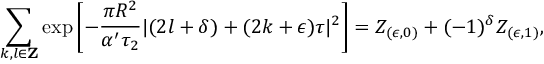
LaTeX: \sum _ { k , l \in { \bf Z } } \exp \left[ - \frac { \pi R ^ { 2 } } { \alpha ^ { \prime } \tau _ { 2 } } | ( 2 l + \delta ) + ( 2 k + \epsilon ) \tau | ^ { 2 } \right] = { \cal Z } _ { ( \epsilon , 0 ) } + ( - 1 ) ^ { \delta } { \cal Z } _ { ( \epsilon , 1 ) } ,